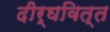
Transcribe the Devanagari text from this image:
दीर्घवित्त